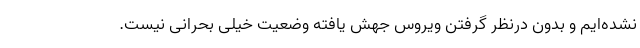
نشده‌ایم و بدون درنظر گرفتن ویروس جهش یافته وضعیت خیلی بحرانی نیست.